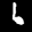
Digit: 6